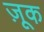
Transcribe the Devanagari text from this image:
ज़ूक